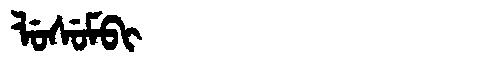
Manchu: ᠯᡠᠰᡠᠮᠪᡳ
Romanization: LUSUMBI